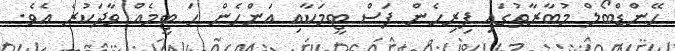
ހޭންޑްބޯލް މުބާރާތުގައި ފިރިހެން ފަސް ޓީމަކާއި އަންހެން ހަ ޓީމެއް ވާދަކުރެ އެވެ.